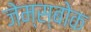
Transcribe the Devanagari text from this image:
जेम्स्बोक